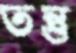
তন্তু